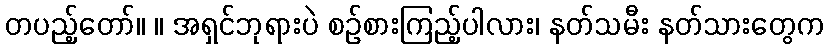
တပည့်တော်။ ။ အရှင်ဘုရားပဲ စဉ်စားကြည့်ပါလား၊ နတ်သမီး နတ်သားတွေက